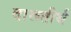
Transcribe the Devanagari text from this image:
दारूतीर्थ